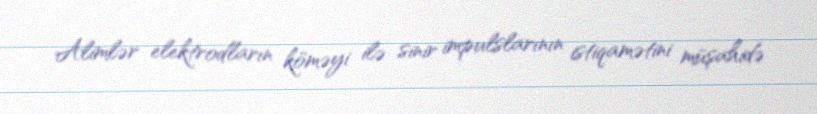
Alimlər elektrodların köməyi ilə sinir impulslarının istiqamətini müşahidə